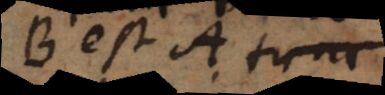
B est A, tunc